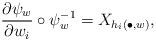
LaTeX: \begin{align*} \frac{\partial \psi_w}{\partial w_i} \circ \psi_{w}^{-1} = X_{h_i(\bullet,w)},\end{align*}